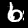
Label: 6